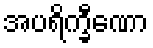
အပရိက္ခီဏော